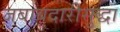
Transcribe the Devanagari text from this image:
जबाबदारीसुद्धा